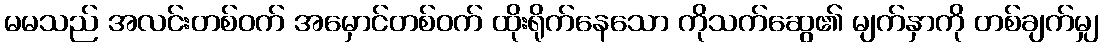
မမသည် အလင်းတစ်ဝက် အမှောင်တစ်ဝက် ထိုးရိုက်နေသော ကိုသက်ဆွေ၏ မျက်နှာကို တစ်ချက်မျှ